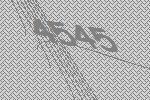
4545